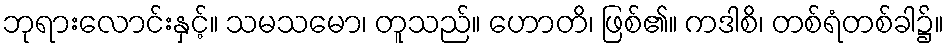
ဘုရားလောင်းနှင့်။ သမသမော၊ တူသည်။ ဟောတိ၊ ဖြစ်၏။ ကဒါစိ၊ တစ်ရံတစ်ခါ၌။